On the importance of larval characters in the classification of mosquitoes - Number 25
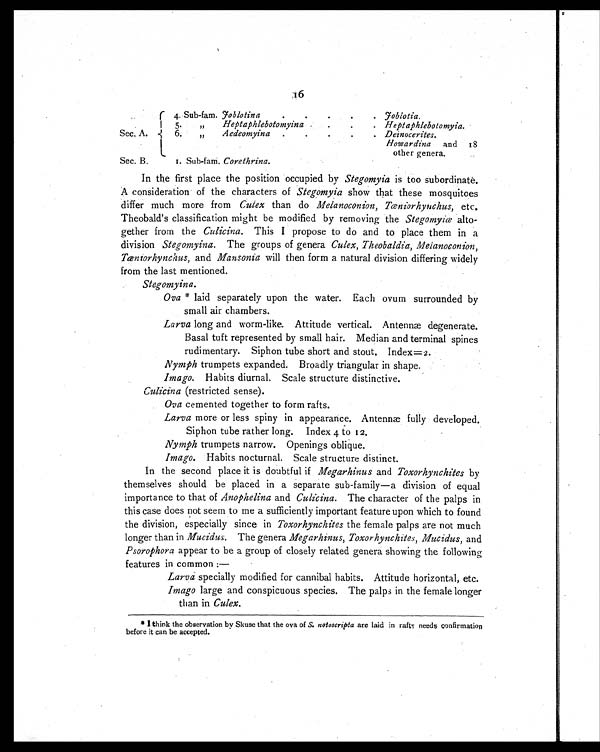
16
Sec. A.
4. Sub-fam. Joblotina
.
.
.
.
. Joblotia.
5. „
Heptaphlebotomyina .
.
. Heptaphlebotomyia.
6. „
Aedeomyina
.
.
. .
. Deinocerites.
Howardina and 18
other genera.
Sec. B.
1. Sub-fam. Corethrina.
In the first place the position occupied by Stegomyia is too subordinate.
A consideration of the characters of Stegomyia show that these mosquitoes
differ much more from Culex than do Melanoconion, Tæniorhynchus, etc.
Theobald's classification might be modified by removing the Stegomyiæ alto-
gether from the Culicina. This I propose to do and to place them in a
division Stegomyina. The groups of genera Culex, Theobaldia, Melanoconion,
Tæniorhynchus, and Mansonia will then form a natural division differing widely
from the last mentioned.
Stegomyina.
Ova * laid separately upon the water. Each ovum surrounded by
small air chambers.
Larva long and worm-like. Attitude vertical. Antennæ degenerate.
Basal tuft represented by small hair. Median and terminal spines
rudimentary. Siphon tube short and stout. Index=2.
Nymph trumpets expanded. Broadly triangular in shape.
Imago. Habits diurnal. Scale structure distinctive.
Culicina (restricted sense).
Ova cemented together to form rafts.
Larva more or less spiny in appearance. Antennæ fully developed.
Siphon tube rather long. Index 4 to 12.
Nymph trumpets narrow. Openings oblique.
Imago. Habits nocturnal. Scale structure distinct.
In the second place it is doubtful if Megarhinus and Toxorhynchites by
themselves should be placed in a separate sub-family—a division of equal
importance to that of Anophelina and Culicina. The character of the palps in
this case does not seem to me a sufficiently important feature upon which to found
the division, especially since in Toxorhynchites the female palps are not much
longer than in Mucidus. The genera Megarhinus, Toxorhynchites, Mucidus, and
Psorophora appear to be a group of closely related genera showing the following
features in common:
—
Larva specially modified for cannibal habits. Attitude horizontal, etc.
Imago large and conspicuous species. The palps in the female longer
than in Culex.
* I think the observation by Skuse that the ova of S. notoscripta are laid in rafts needs confirmation
before it can be accepted.